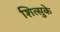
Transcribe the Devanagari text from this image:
शित्सुके